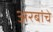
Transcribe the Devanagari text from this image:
अरबांचे